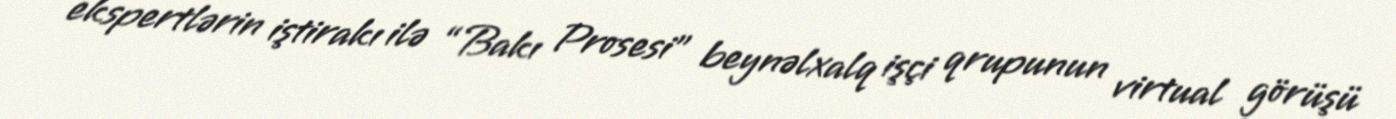
ekspertlərin iştirakı ilə “Bakı Prosesi” beynəlxalq işçi qrupunun virtual görüşü